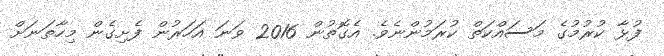
ފުޅާ ކުރުމުގެ މަސައްކަތް ކުރަމުންނެވެ. އެގޮތުން 2016 ވަނަ އަހަރުން ފެށިގެން މިހާތަނަށް